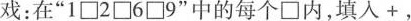
戏：在“1\square 2\square 6\square 9”中的每个\square 内,填人 +,